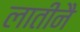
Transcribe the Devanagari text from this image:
लातीनै